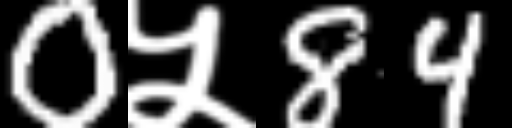
Text: 0५84